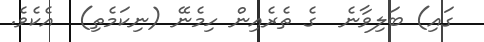
ގައި) ބަލިވާނެ  ގެ ތެރެއިން ހިމެނޭ (ނިކަމެތި)  އެކެވެ.